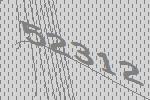
52312